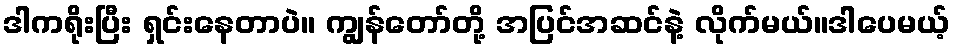
ဒါကရိုးပြီး ရှင်းနေတာပဲ။ ကျွန်တော်တို့ အပြင်အဆင်နဲ့ လိုက်မယ်။ဒါပေမယ့်